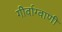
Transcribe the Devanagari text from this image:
गीर्वाग्वाणी